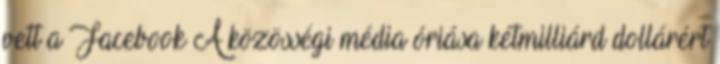
vett a Facebook A közösségi média óriása kétmilliárd dollárért